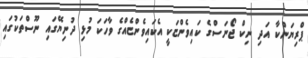
ޕްރިޔަންކާ އަދި ނިކް ޖޯނަސްގެ ކައިވެންޏަކީ އެކައިވެންޏެއްގެ ވާހަކަ މުޅި ދުނިޔޭގައި ނޫސްތަކުގައި